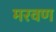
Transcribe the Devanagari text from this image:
मरवण